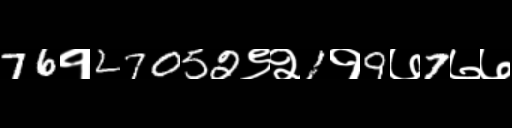
Text: 76१27052९२1१9७7७७